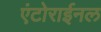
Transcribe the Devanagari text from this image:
एंटोराईनल